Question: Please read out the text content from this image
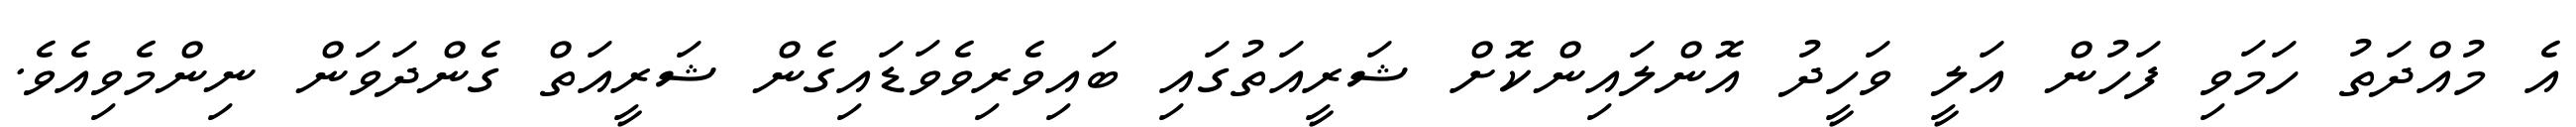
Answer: އެ މުއްދަތު ހަމަވި ފަހުން އަލީ ވަހީދު އޮންލައިންކޮށް ޝަރީއަތުގައި ބައިވެރިވެވަޑައިގެން ޝަރީއަތް ގެންދަވަން ނިންމެވިއެވެ.